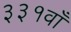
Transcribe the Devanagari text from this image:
३३१वाँ